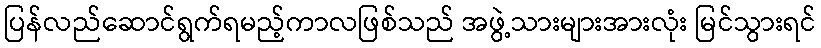
ပြန်လည်ဆောင်ရွက်ရမည့်ကာလဖြစ်သည် အဖွဲ့သားများအားလုံး မြင်သွားရင်